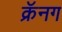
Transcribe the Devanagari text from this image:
क्रॅनग